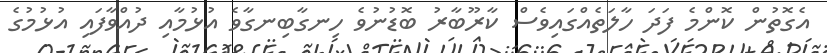
އެގޮތުން ކޮންމެ ފަދަ ހާލަތެއްގައިވެސް ކާރޫބާރު ބޮޑުނުވެ ހިނގާބިނގާވެ އުޅުމާއި ދުއްވާފައި އުޅުމުގެ